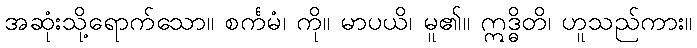
အဆုံးသို့ရောက်သော။ စင်္ကမံ၊ ကို။ မာပယိ၊ မူ၏။ ဣဒ္ဓိတိ၊ ဟူသည်ကား။